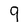
Character: 9